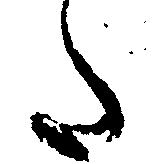
た